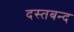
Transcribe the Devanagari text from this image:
दस्तबन्द